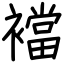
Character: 襠